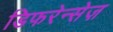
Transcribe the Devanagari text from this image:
डिफरेन्सेज़